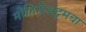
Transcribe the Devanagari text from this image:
मोहिनीअट्टमचा